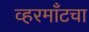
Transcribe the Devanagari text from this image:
व्हरमाँटचा